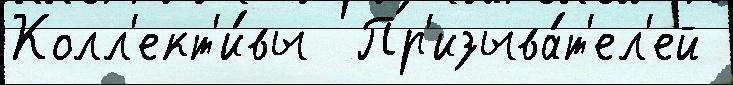
Колл'ект'и́вы  Пр'изыва́т'ел'ей